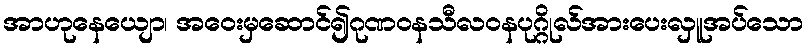
အာဟုနေယျော၊ အဝေးမှဆောင်၍ဂုဏဝနသီလဝနပုဂ္ဂိုလ်အားပေးလှူအပ်သော